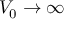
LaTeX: V _ { 0 } \rightarrow \infty